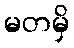
မတမှိ